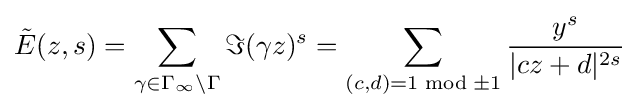
{\tilde {E}}(z,s)=\sum _{\gamma \in \Gamma _{\infty }\backslash \Gamma }\Im (\gamma z)^{s}=\sum _{(c,d)=1{\bmod {\pm }}1}{\frac {y^{s}}{|cz+d|^{2s}}}